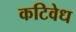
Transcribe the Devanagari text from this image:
कटिवेध